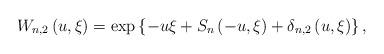
LaTeX: \begin{align*}W_{n,2}\left( {u,\xi }\right) =\exp \left\{ -{u\xi +S_{n}\left( -{u,\xi }\right) +\delta _{n,2}\left( {u,\xi }\right) }\right\},\end{align*}